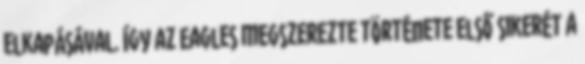
elkapásával. Így az Eagles megszerezte története első sikerét a